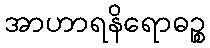
အာဟာရနိရောဓဉ္စ